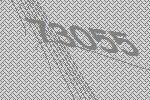
73055